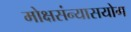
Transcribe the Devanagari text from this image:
मोक्षसंन्यासयोग